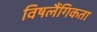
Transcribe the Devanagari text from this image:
विषलैंगिकता